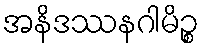
အနိဒဿနဂါမိဉ္စ